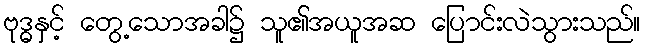
ဗုဒ္ဓနှင့် တွေ့သောအခါ၌ သူ၏အယူအဆ ပြောင်းလဲသွားသည်။